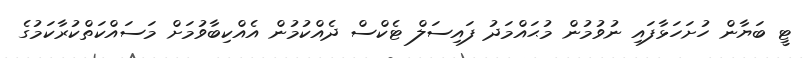
ޓީ ބަޔާން ހުށަހަޅާފައި ނުވުމުން މުޙައްމަދު ފައިސަލް ޓެކްސް ދެއްކުމުން އެއްކިބާވުމަށް މަސައްކަތްކުރާކަމުގެ